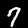
Digit: 7